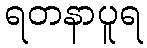
ရတနာပူရ